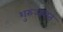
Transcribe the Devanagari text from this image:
शुरुअबात